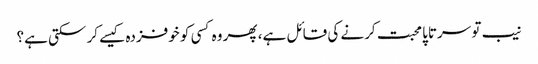
نیب تو سرتاپا محبت کرنے کی قائل ہے، پھر وہ کسی کو خوفزدہ کیسے کر سکتی ہے؟